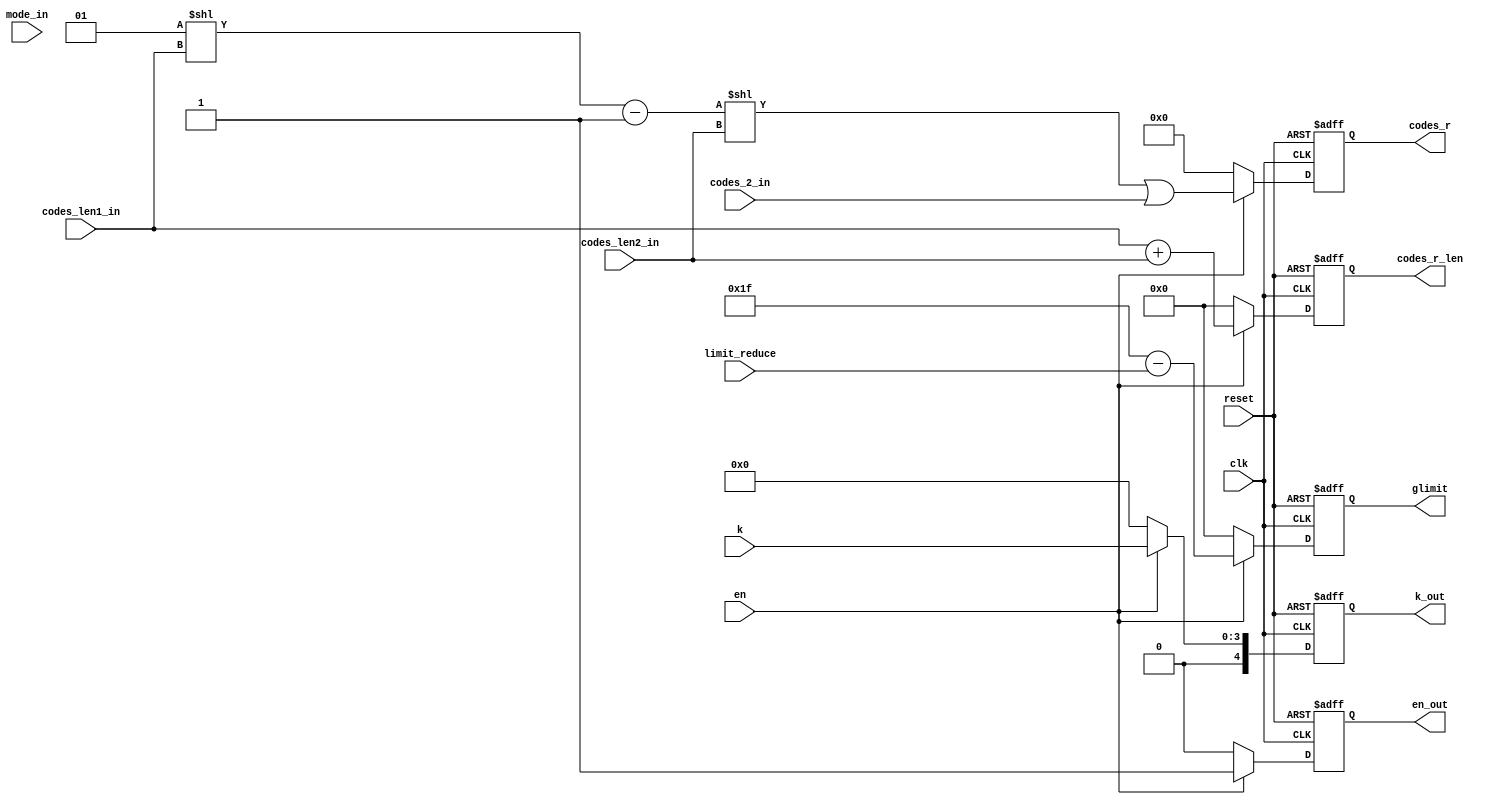
`timescale 1ns / 1ps
//////////////////////////////////////////////////////////////////////////////////
// Company: 
// Engineer: 
// 
// Design Name: 
// Module Name:    runcnt_tmp 
// Project Name: 
// Target Devices: 
// Tool versions: 
// Description: 
//
// Dependencies: 
//
// Revision: 
// Revision 0.01 - File Created
// Additional Comments: 
//
//////////////////////////////////////////////////////////////////////////////////
module runcnt_tmp(clk,en,reset,
                 k,
                 limit_reduce,
					  codes_len1_in,
					  codes_2_in,
					  codes_len2_in,
					  mode_in,
                 k_out,
                 glimit,
					  codes_r,
					  codes_r_len,
					  en_out 
						);

input         clk,en,reset;
input [3:0]   k;
input [3:0]   limit_reduce;
input [5:0]   codes_len1_in;
input [10:0]  codes_2_in;
input [3:0]   codes_len2_in;
input [1:0]   mode_in;
					  
output [4:0]  k_out;
output [5:0]  glimit;
output [31:0]  codes_r;
output [5:0] codes_r_len;

output        en_out;

reg [4:0]  k_out;
reg [5:0]  glimit;
 
reg [31:0] codes_r;
reg [5:0]  codes_r_len;
reg [5:0]  mode_out;
reg        en_out;

wire [31:0] code_temp1,code_tmp1,code_temp2,code_temp3;

assign code_temp1=(1<<codes_len1_in);
assign code_tmp1=code_temp1-1;
assign code_temp2=(code_tmp1<<codes_len2_in);
assign code_temp3=code_temp2|{21'd0,codes_2_in};

always@(posedge clk or negedge reset)
if(!reset)
 begin
   k_out<=0;
   glimit<=0;
	
   codes_r<=0;
   codes_r_len<=0; 
   en_out<=0; 
 end
else if(en)
 begin
   k_out<=k;
   glimit<=31-limit_reduce;
   codes_r<=code_temp3;
   codes_r_len<=codes_len1_in+codes_len2_in;
   en_out<=1; 
 end
else
 begin
   k_out<=0;
   glimit<=0;
   codes_r<=0;
   codes_r_len<=0; 
   en_out<=0; 
 end



endmodule